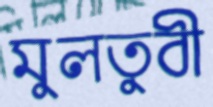
মুলতুবী